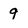
Character: 9